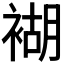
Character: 𧛞